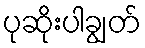
ပုဆိုးပါချွတ်